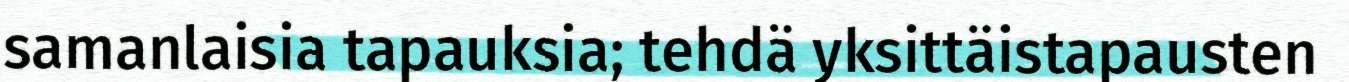
samanlaisia tapauksia; tehdä yksittäistapausten